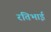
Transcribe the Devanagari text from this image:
रतिभाई